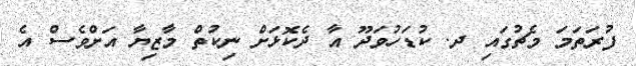
ފުރަތަމަ މެޗުގައި ދ. ކުޑަހުވަދޫ އާ ދެކޮޅަށް ނިކުތް މާޒިޔާ އަށްވެސް އެ